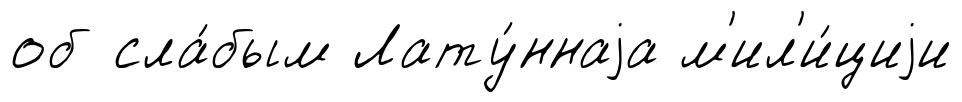
об сла́бым Лату́ннаjа м'ил'и́циjи